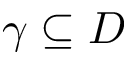
\gamma \subseteq D